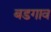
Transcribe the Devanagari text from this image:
बडगाव